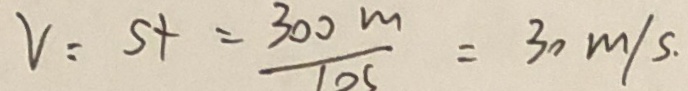
v = s + = \frac { 3 0 0 m } { 1 0 5 } = 3 0 m / s